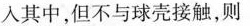
入其中，但不与球壳接触，则